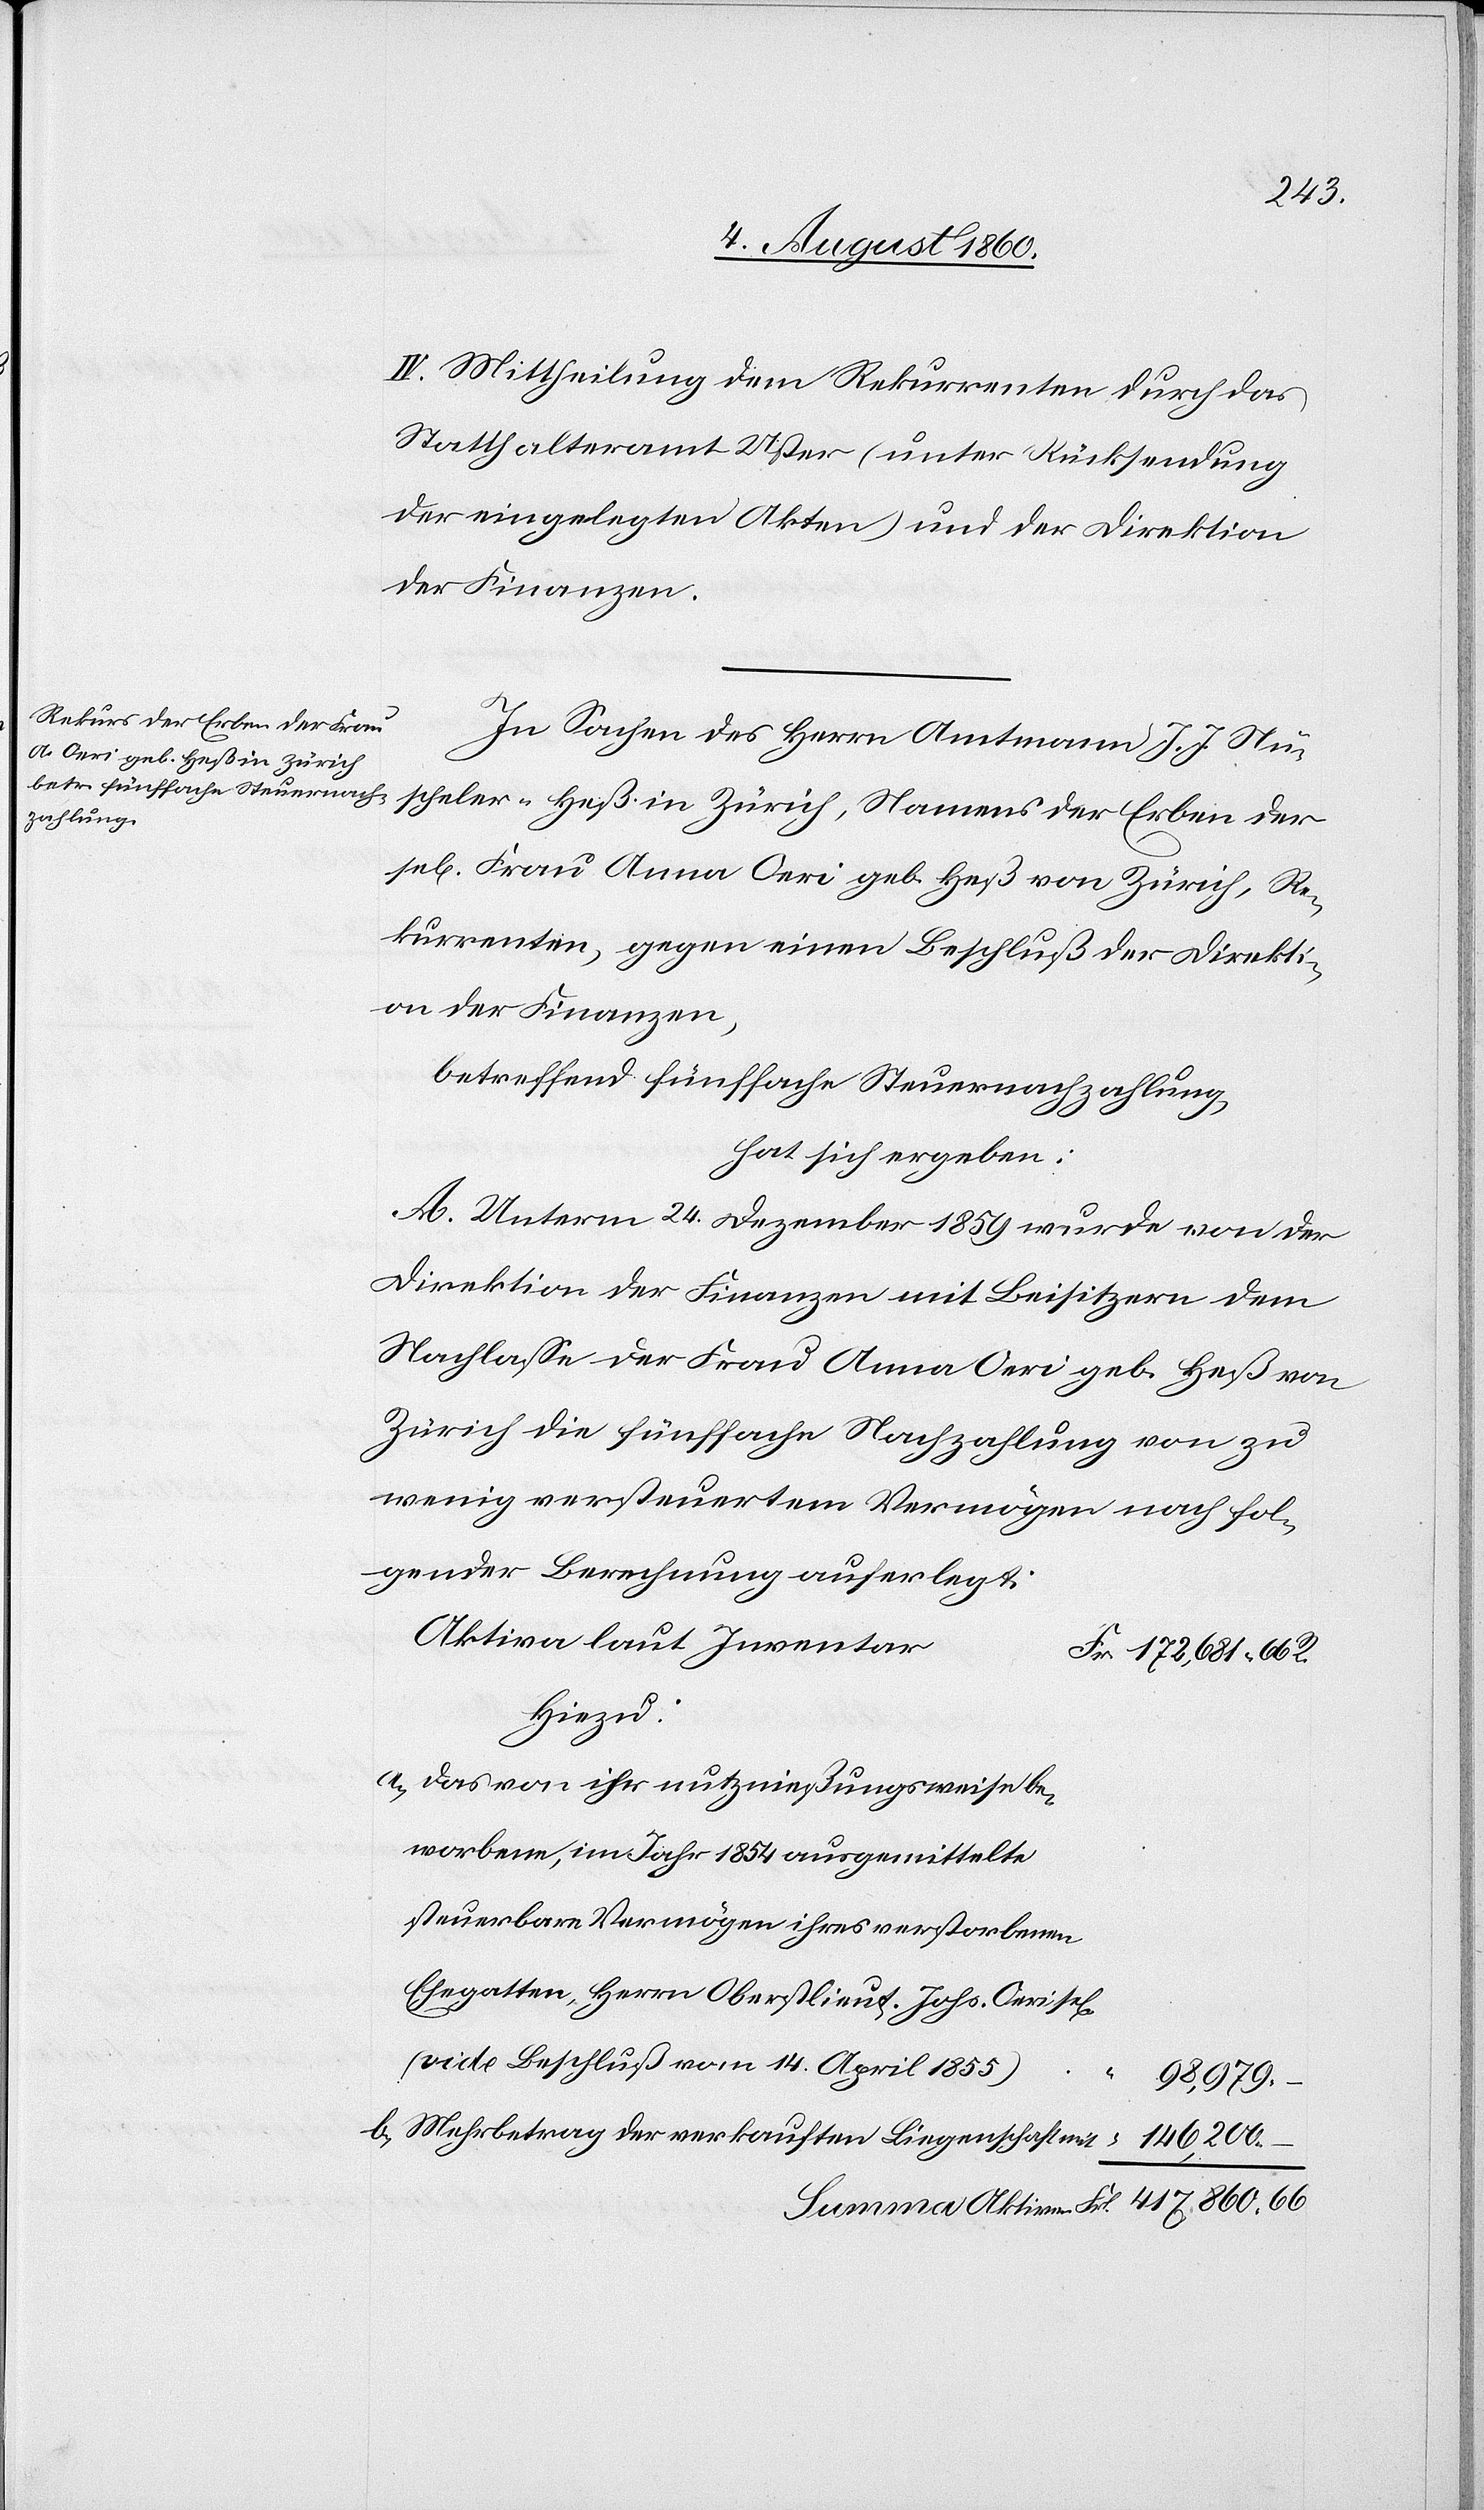
IV. Mittheilung dem Rekurrenten durch das
Statthalteramt Uster (unter Rücksendung
der eingelegten Akten) u. der Direktion
der Finanzen.
In Sachen des Herrn Amtmann J. J. Nü¬
scheler-Hess in Zürich, Namens der Erben der
sel. Frau Anna Oeri geb. Hess von Zürich, Re¬
kurrenten gegen einen Beschluss der Direkti¬
on der Finanzen,
betreffend fünffache Steuernachzahlung
hat sich ergeben:
A. Unterm 24. Christmonat 1859 wurde von der
Direktion der Finanzen mit Beisitzern dem
Nachlasse der Frau Anna Oeri geb. Hess von
Zürich die fünffache Nachzahlung von zu
wenig versteuertem Vermögen nach fol¬
gender Berechnung auferlegt.
Aktive laut Inventar.
hiezu
a. das von ihr nutzungsweise be¬
worbene, im Jahr 1854 ausgemittelte
steuerbare Vermögen ihres verstorbenen
Ehegatten, Herrn Oberstlieut. Johs. Oeri sel.
(vide Beschluss vom 14. April 1855.)
98,979.
b. Mehrbetrag der verkauften Liegenschaft mit